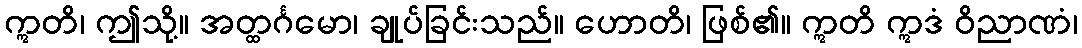
ဣတိ၊ ဤသို့။ အတ္ထင်္ဂမော၊ ချုပ်ခြင်းသည်။ ဟောတိ၊ ဖြစ်၏။ ဣတိ ဣဒံ ဝိညာဏံ၊